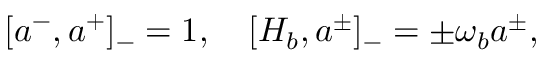
[ a ^ { - } , a ^ { + } ] _ { - } = 1 , \quad [ H _ { b } , a ^ { \pm } ] _ { - } = \pm \omega _ { b } a ^ { \pm } ,